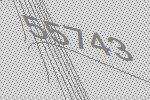
55743